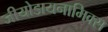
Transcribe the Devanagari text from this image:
जीयोडायनामिक्‍स